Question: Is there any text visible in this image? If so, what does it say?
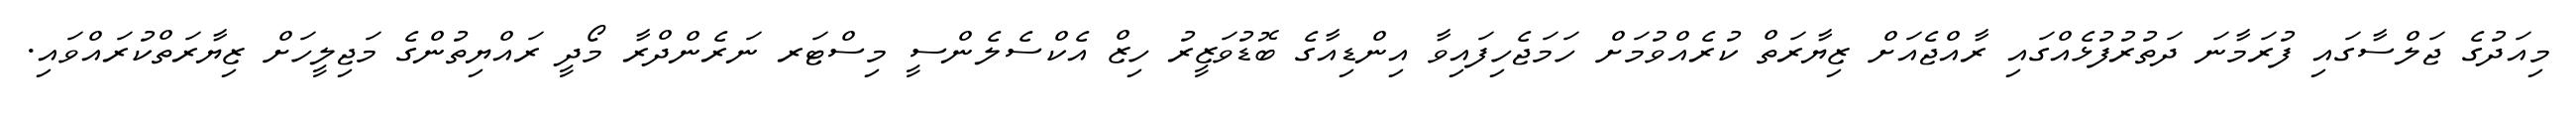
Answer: މިއަދުގެ ޖަލްސާގައި ފުރަމާނަ ދަތުރުފުޅެއްގައި ރާއްޖެއަށް ޒިޔާރަތް ކުރެއްވުމަށް ހަމަޖެހިފައިވާ އިންޑިއާގެ ބޮޑުވަޒީރު ހިޒް އެކްސެލެންސީ މިސްޓަރ ނަރެންދްރާ މޯދީ ރައްޔިތުންގެ މަޖިލީހަށް ޒިޔާރަތްކުރައްވައި.